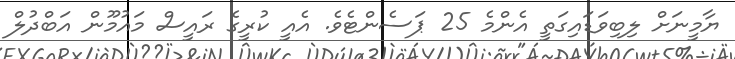
ޔާމީނަށް ލިބިވަޑައިގަތީ އެންމެ 25 ޕަސެންޓެވެ. އެއީ ކުރީގެ ރައީސް މައުމޫން އަބްދުލް